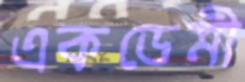
একডেমী